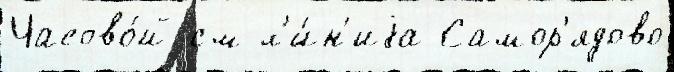
Часово́й см л'и́н'иjа Самор'ядово